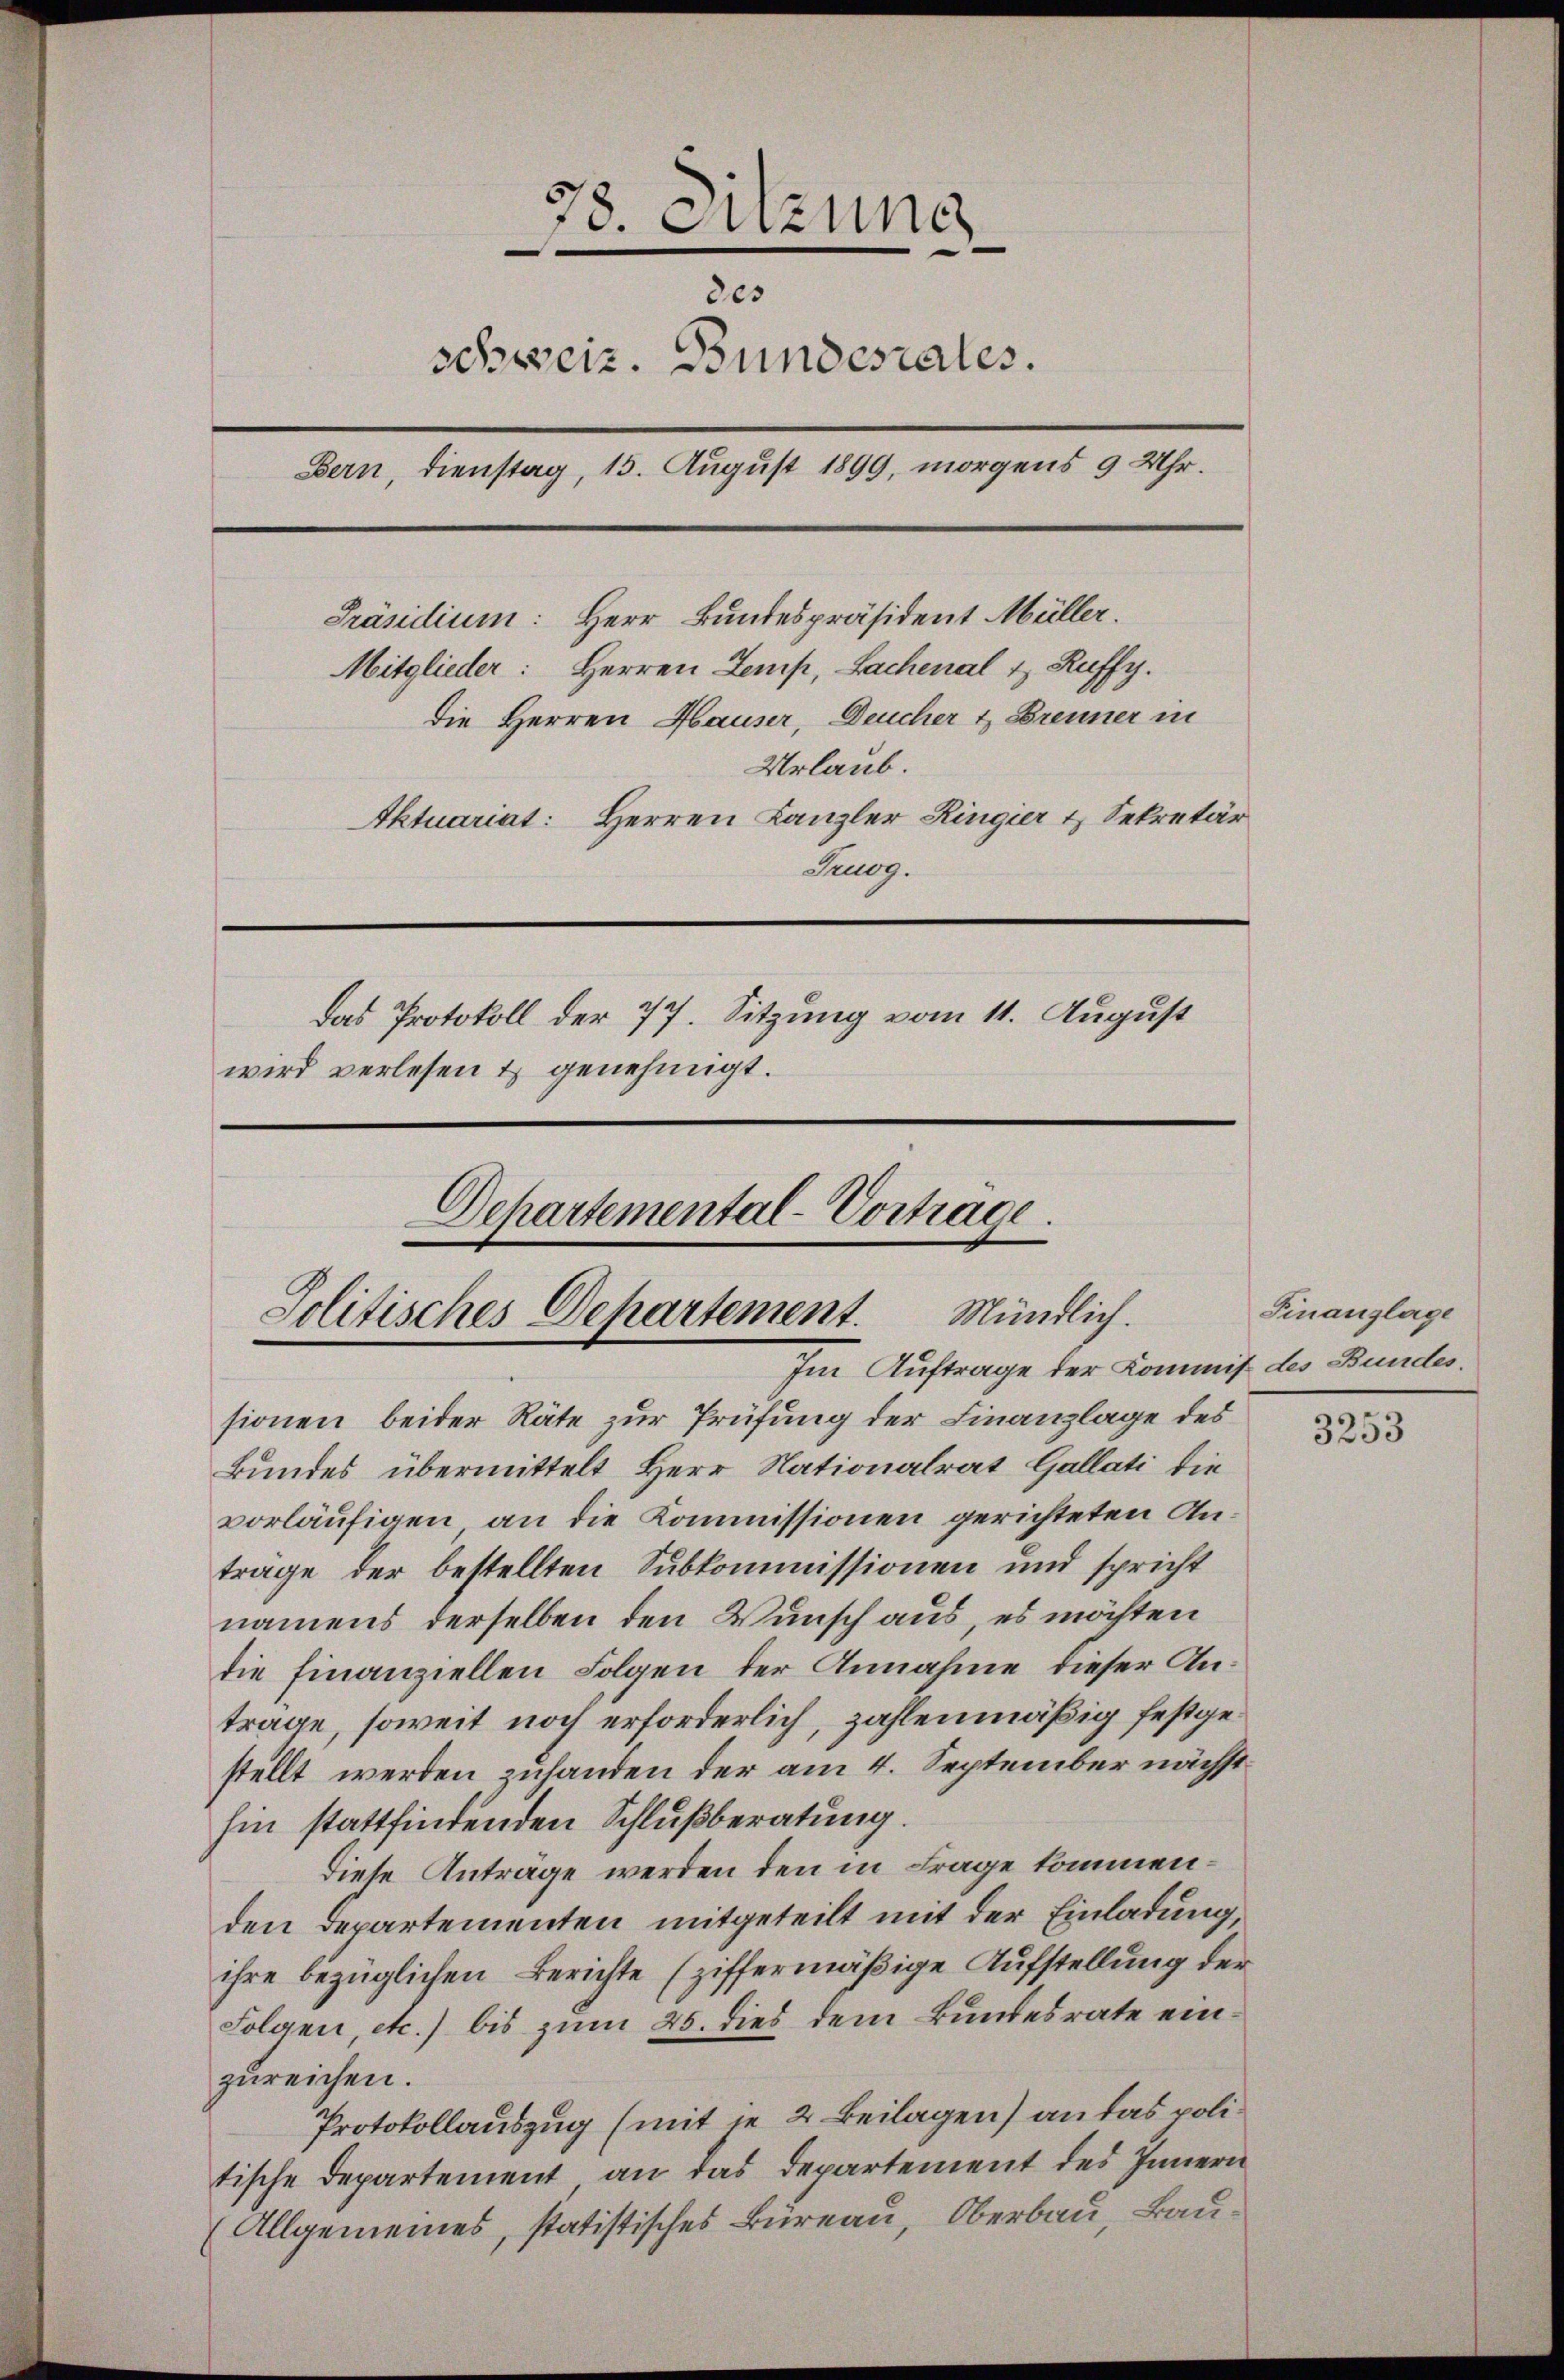
38. Sitzung
des
schweiz. Bundesrates.
Bern, Dienstag, 15. August 1899, morgens 9 Uhr.
Präsidium: Herr Bundespräsident Müller.
Mitglieder: Herren Temp, Lachenal & Ruffy.
die Herren Hauser, Deucher & Brenner in
Urlaub.
Aktuariat: Herren Kanzler Ringier & Sekretär
Thuog.
Das Protokoll der 77. Sitzung vom 11. August
wird verlesen & genehmigt.
Departemental-Vortrage.
Jolitisches Departement. Mündlich.

Im Auftrage der Kommis des Bundes.

sionen beider Räte zur Prüfung der Finanzlage des
Bundes übermittelt Herr Nationalrat Gallati die
vorläufigen an die Kommissionen gerichteten Antrage der bestellten Subkommissionen und spricht
namens derselben den Wunsch aus, es möchten
die finanziellen Folgen der Annahme dieser Antrage, soweit noch erforderlich, zahlenmäßig festgestellt werden zuhanden der am 4. September nächsthin stattfindenden Schlußberatung.
diese Antrage werden den in Frage kommenden Departementen mitgeteilt mit der Einladung,
ihre bezüglichen Berichte (ziffermäßige Aufstellung der
Folgen, etc.) bis zum 25. dies dem Bundesrate einzureichen.
Protokollauszug (mit je 2 Beilagen) an das politische Departement an das Departement des Innern
Allgemeines, statistisches Büreau, Oberbau, Bau¬

Finanzlage

3253